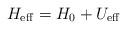
LaTeX: \begin{align*}H_{\rm eff}=H_0+U_{\rm eff}\end{align*}